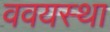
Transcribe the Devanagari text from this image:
ववयस्था